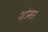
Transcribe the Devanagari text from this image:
शोमर